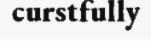
curstfully